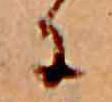
に